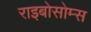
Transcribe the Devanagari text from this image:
राइबोसोम्स